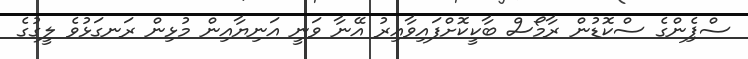
ސްޕެިންގެ ސްކޮޑުން ރާމޯސް ބާކީކޮށްފައިވާއިރު އޭނާ ވަނީ އަނިޔާއިން މުޅިން ރަނގަޅުވެ ލީގުގެ